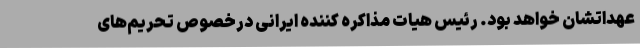
عهداتشان خواهد بود. رئیس هیات مذاکره کننده ایرانی درخصوص تحریم‌های